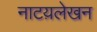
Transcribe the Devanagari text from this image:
नाटय़लेखन